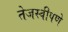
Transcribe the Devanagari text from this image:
तेजस्वीपणे